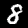
Label: 8